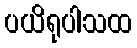
ပယိရုပါသထ